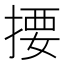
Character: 𢰳